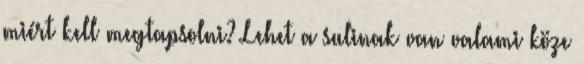
miért kell megtapsolni? Lehet a sulinak van valami köze